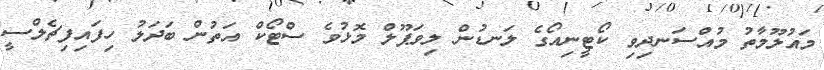
މައުލޫމާތު މުއްސަނދިވި ކޯޓީނިއޯގެ ލަނޑުން ލިވަޕޫލް މޮޅުވެ ސްޓޯކް އަތުން ބަދަލު ހިފައިފިޗެލްސީ